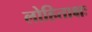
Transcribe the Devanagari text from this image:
लोहिताक्षः